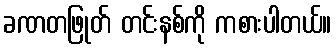
ခဏတဖြုတ် တင်းနစ်ကို ကစားပါတယ်။